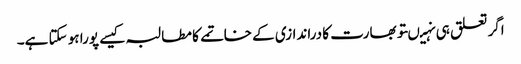
اگر تعلق ہی نہیںتو بھارت کا دراندازی کے خاتمے کا مطالبہ کیسے پورا ہو سکتا ہے۔